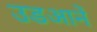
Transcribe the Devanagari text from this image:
उडआनें